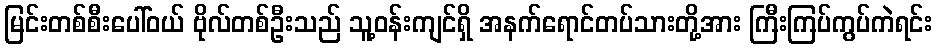
မြင်းတစ်စီးပေါ်ဝယ် ဗိုလ်တစ်ဦးသည် သူ့ဝန်းကျင်ရှိ အနက်ရောင်တပ်သားတို့အား ကြီးကြပ်ကွပ်ကဲရင်း